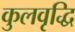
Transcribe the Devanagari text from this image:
कुलवृद्धि